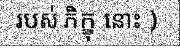
របស់ ភិក្ខុ នោះ )